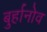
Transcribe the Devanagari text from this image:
बुर्हानोव